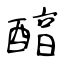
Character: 醕